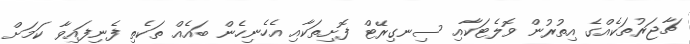
ޗާޖަރުތަކެއްގެ އިތުރުން ވޮލެޓަކާއި ސިނގިރޭޓް ފޮށިތަކާއި އެހެނިހެން ބައެއް ތަކެތި ފެނިފައިވާ ކަމަށް